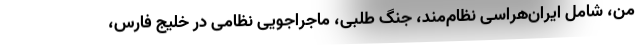
من، شامل ایران‌هراسی نظام‌مند، جنگ طلبی، ماجراجویی نظامی در خلیج فارس،